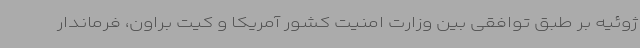
ژوئیه بر طبق توافقی بین وزارت امنیت کشور آمریکا و کیت براون، فرماندار